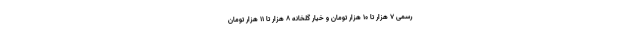
رسمی ۷ هزار تا ۱۰ هزار تومان و خیار گلخانه ۸ هزار تا ۱۱ هزار تومان